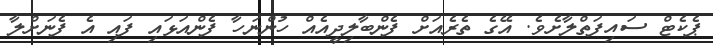
ޕެކެޓް ސައިފަތްލާށެވެ. އޭގެ ތެރެއަށް ފެންބާލިދީއެއް ހުންނަހާ ފެންއަޅައި ފައި އެ ފެނަށްލާ